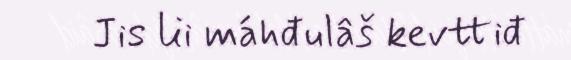
Jis lii máhđulâš kevttiđ